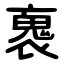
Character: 褢